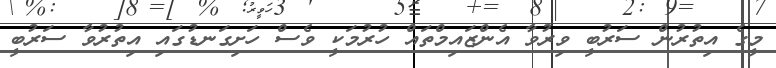
މީގެ އިތުރުން ސަރުބީ ވިރުވާ އެންޒައިމްތައް ހުރުމަކީ ވެސް ހަށިގަނޑުގައި އިތުރުވާ ސަރުބީ